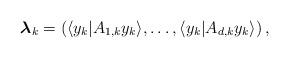
\begin{align*}\boldsymbol{\lambda}_k = \left(\langle y_k|A_{1, k} y_k\rangle, \dots, \langle y_k|A_{d, k} y_k\rangle\right),\end{align*}